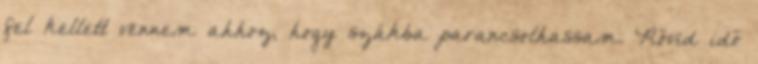
fel kellett vennem ahhoz, hogy szákba parancsolhassam. Rövid idő